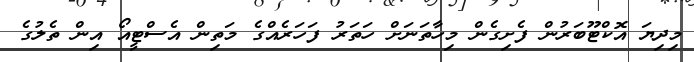
މިދިޔަ އޮކްޓޫބަރުން ފެށިގެން މިހާތަނަށް ހަތަރު ފަހަރެއްގެ މަތިން އެސްޓީއޯ އިން ތެލުގެ